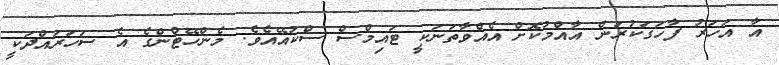
އާ އަހަރު ފާހަގަކުރަން އާއްމުކޮށް އެއްވާތަނަކީ ޓައިމްސް ސްކުއޭއެވެ. މެންހޭޓްންގެ އެ ސަހަރައްދަކީ